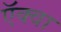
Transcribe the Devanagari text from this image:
ऍक्वा